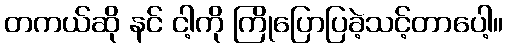
တကယ်ဆို နင် ငါ့ကို ကြိုပြောပြခဲ့သင့်တာပေါ့။